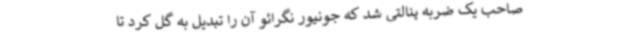
صاحب یک ضربه پنالتی شد که جونیور نگرائو آن را تبدیل به گل کرد تا